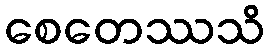
စေတေဿသိ